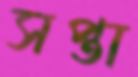
সপ্তা